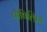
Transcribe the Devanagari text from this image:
प्रोषित्प्रिय